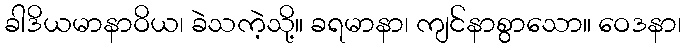
ခါဒိယမာနာဝိယ၊ ခဲသကဲ့သို့။ ခရမာနာ၊ ကျင်နာစွာသော။ ဝေဒနာ၊